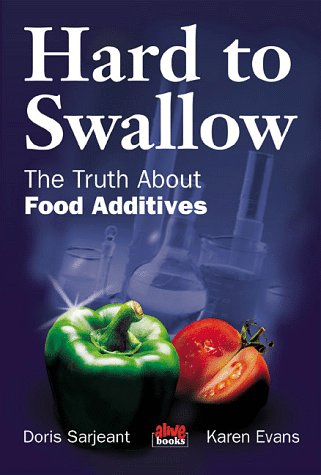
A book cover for Hard to Swallow: The Truth about Food Additives; Karen Evans; Health, Fitness & Dieting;